Bréfritari: Aðalbjartur Bjarnason (Albert Arnason)
Dagsetning: A-1905-06-04
Skrifað á: Vesturheimi

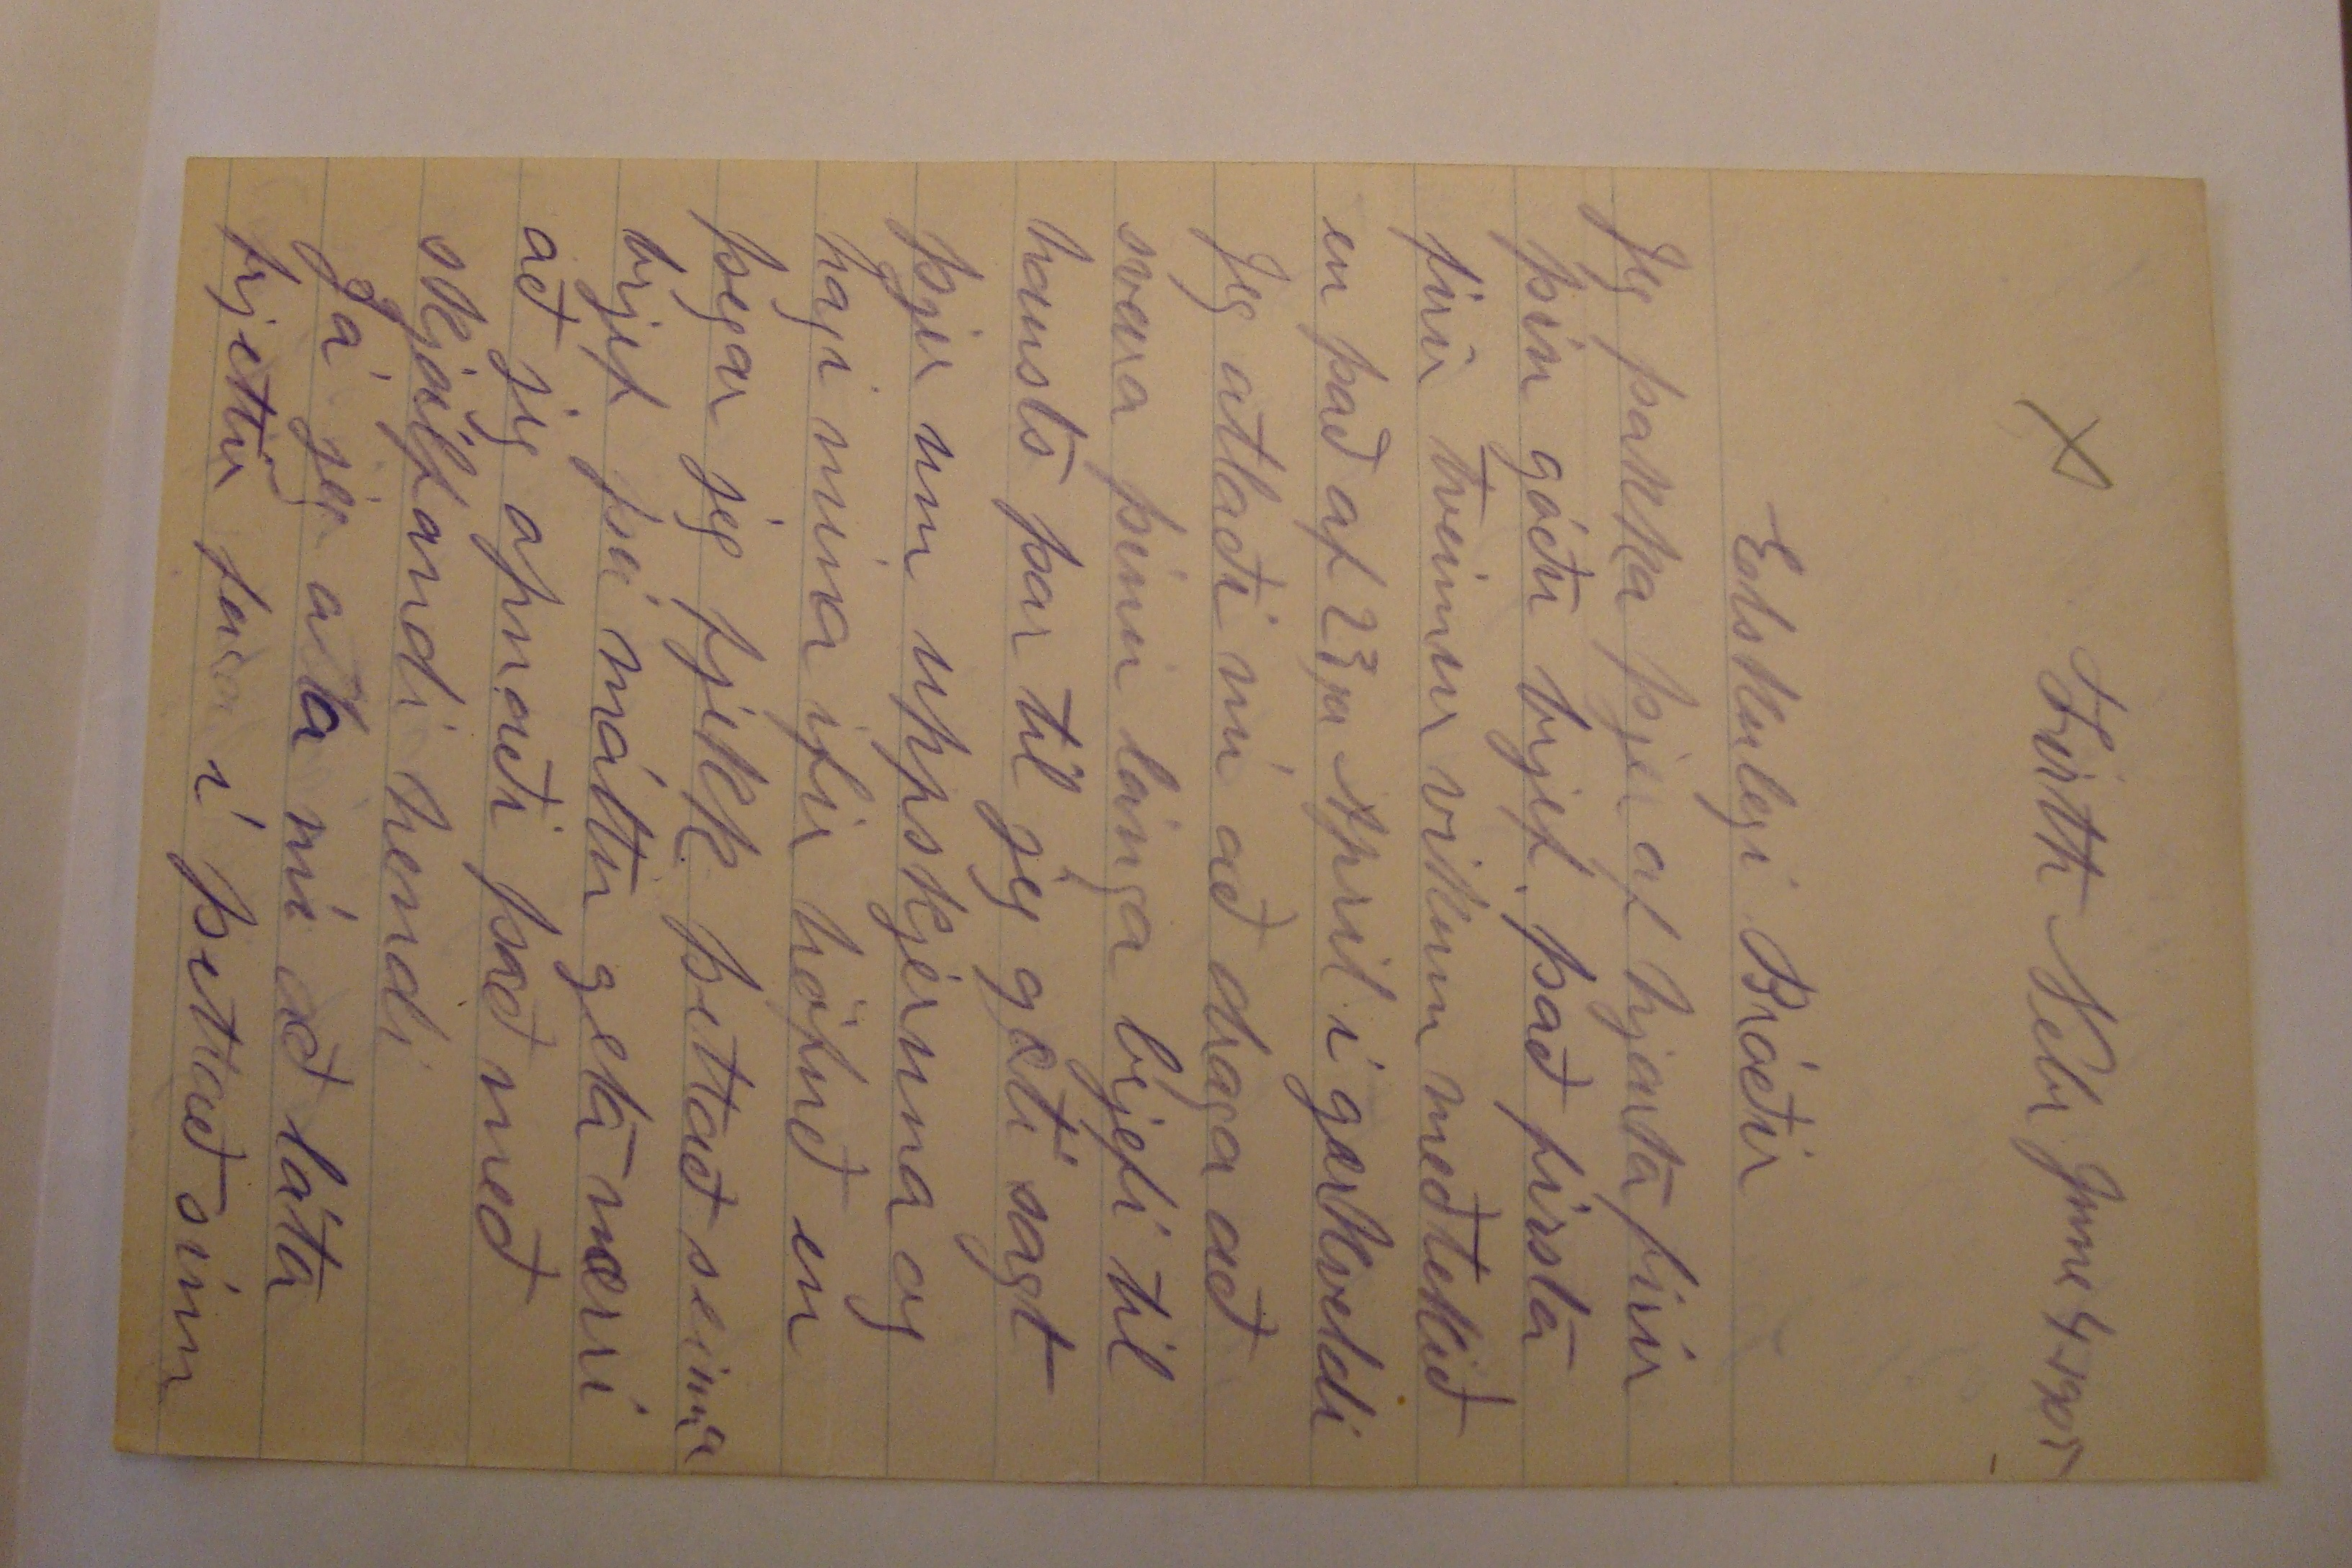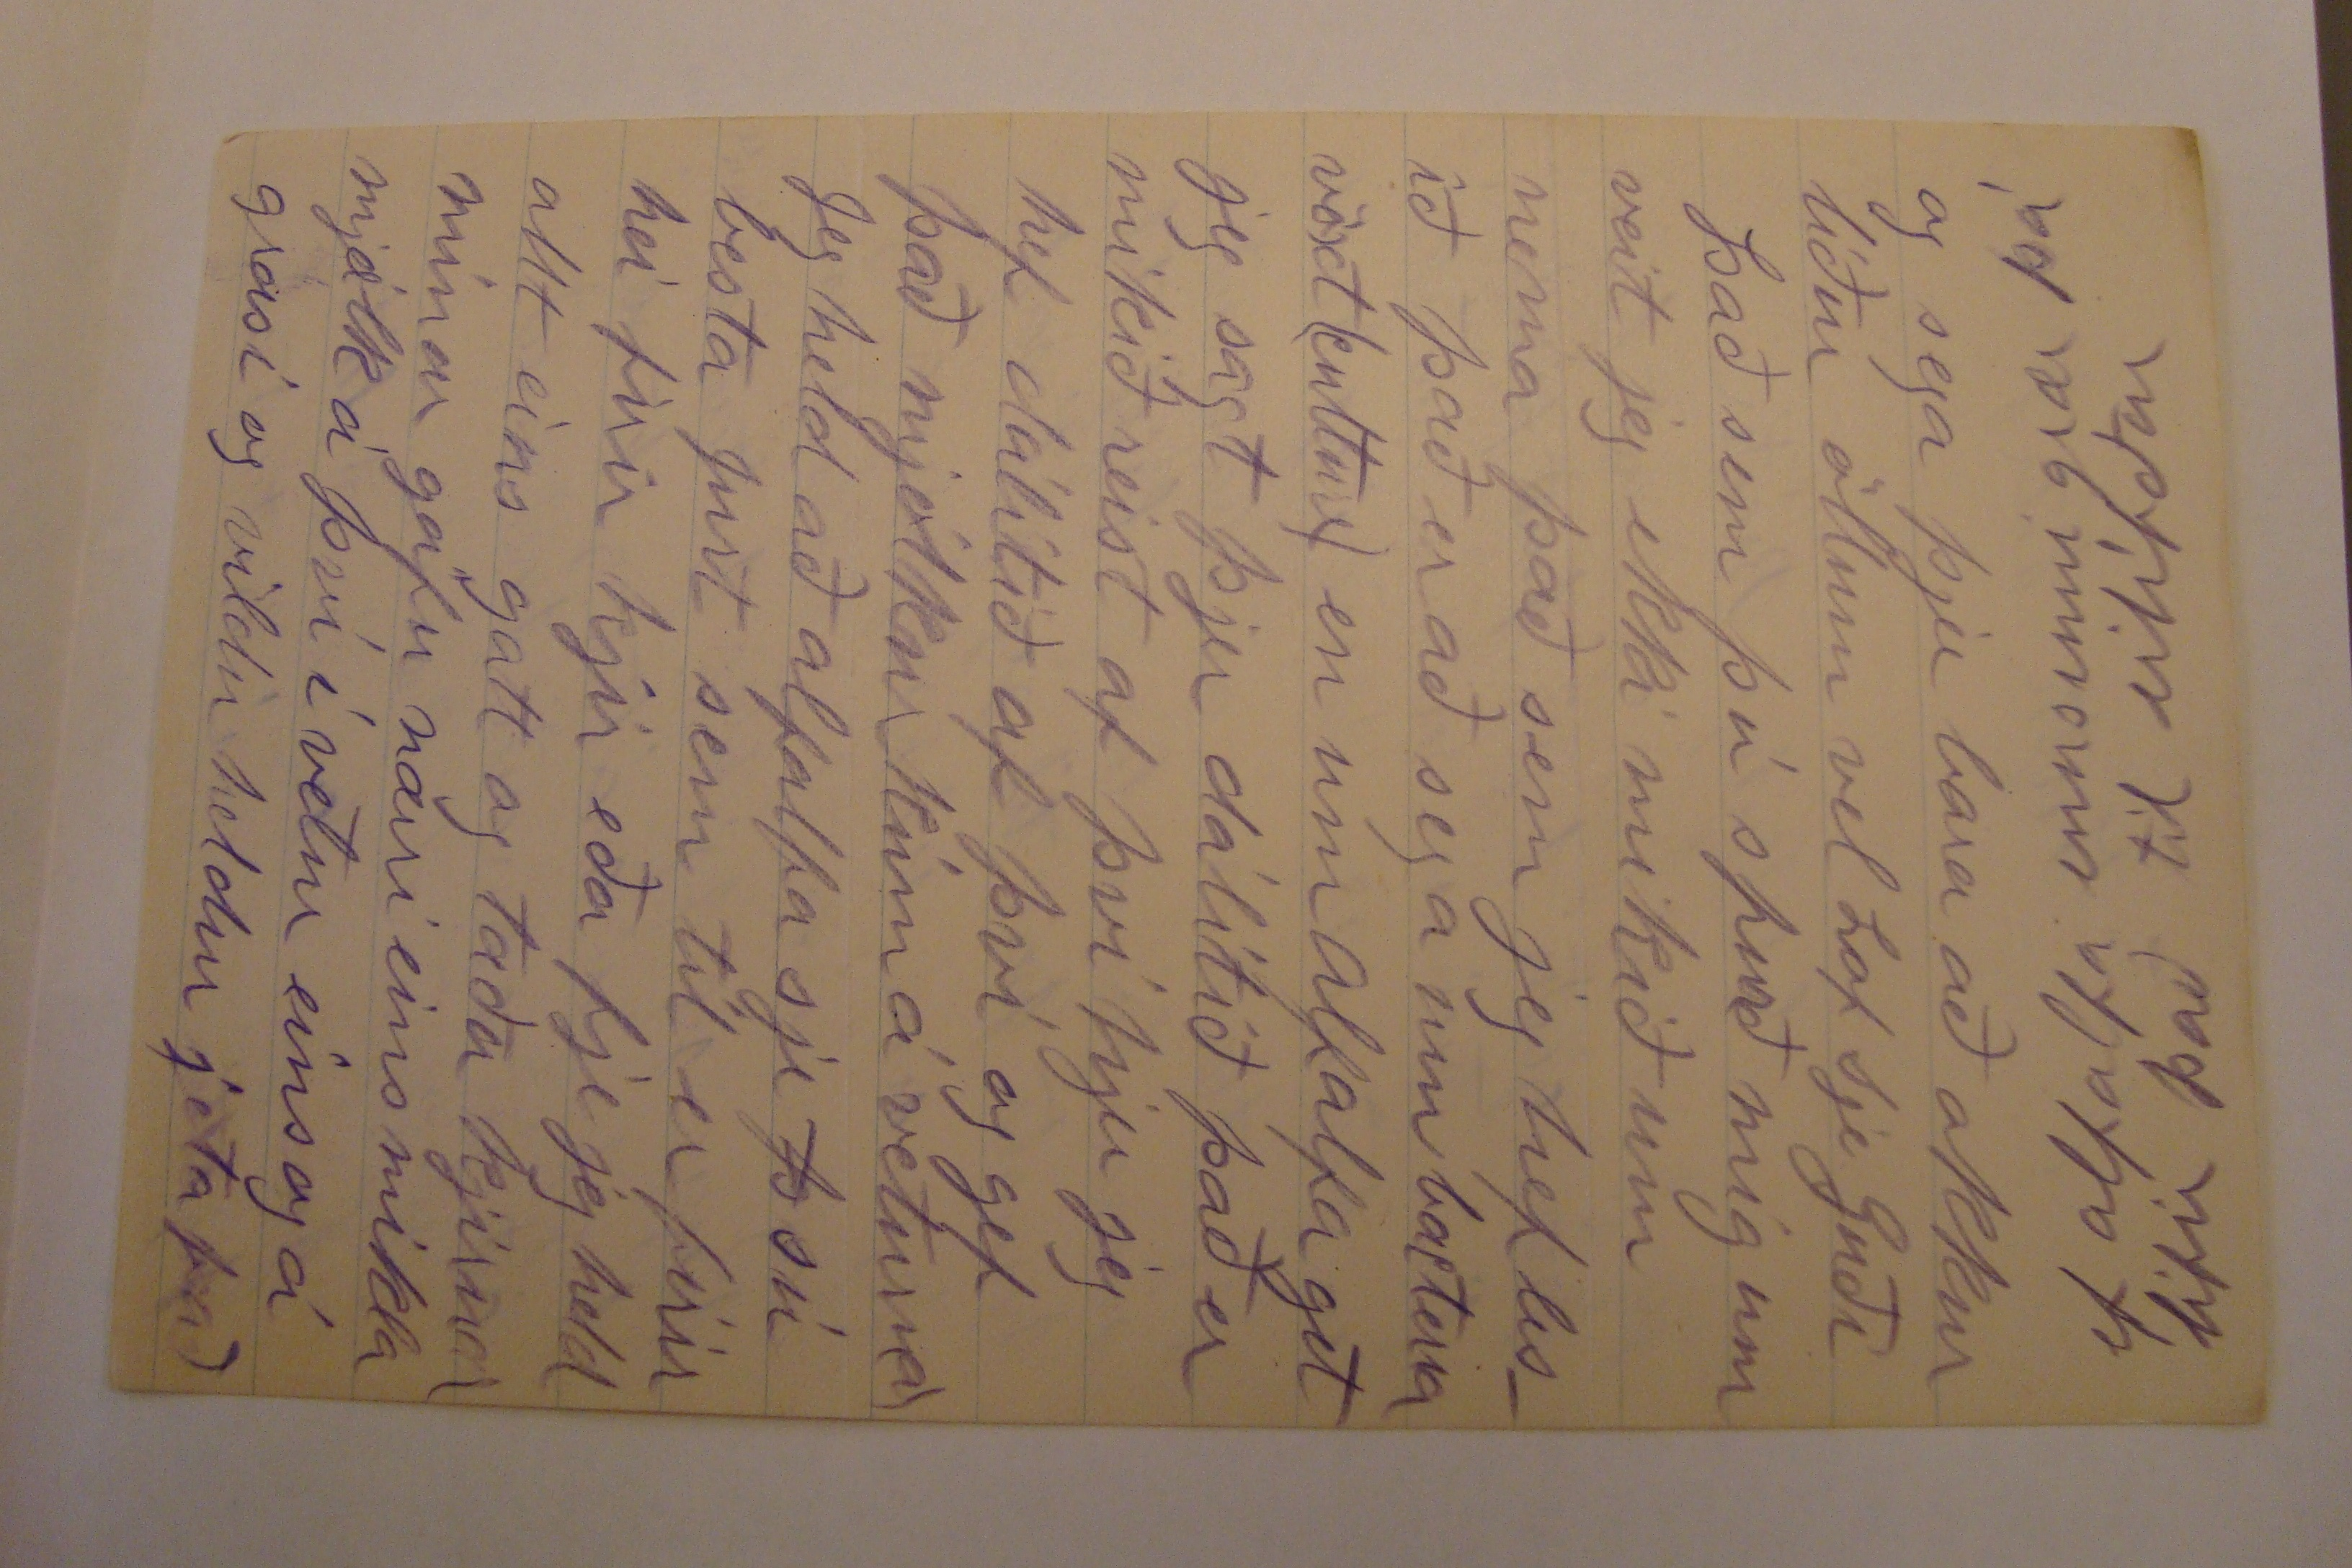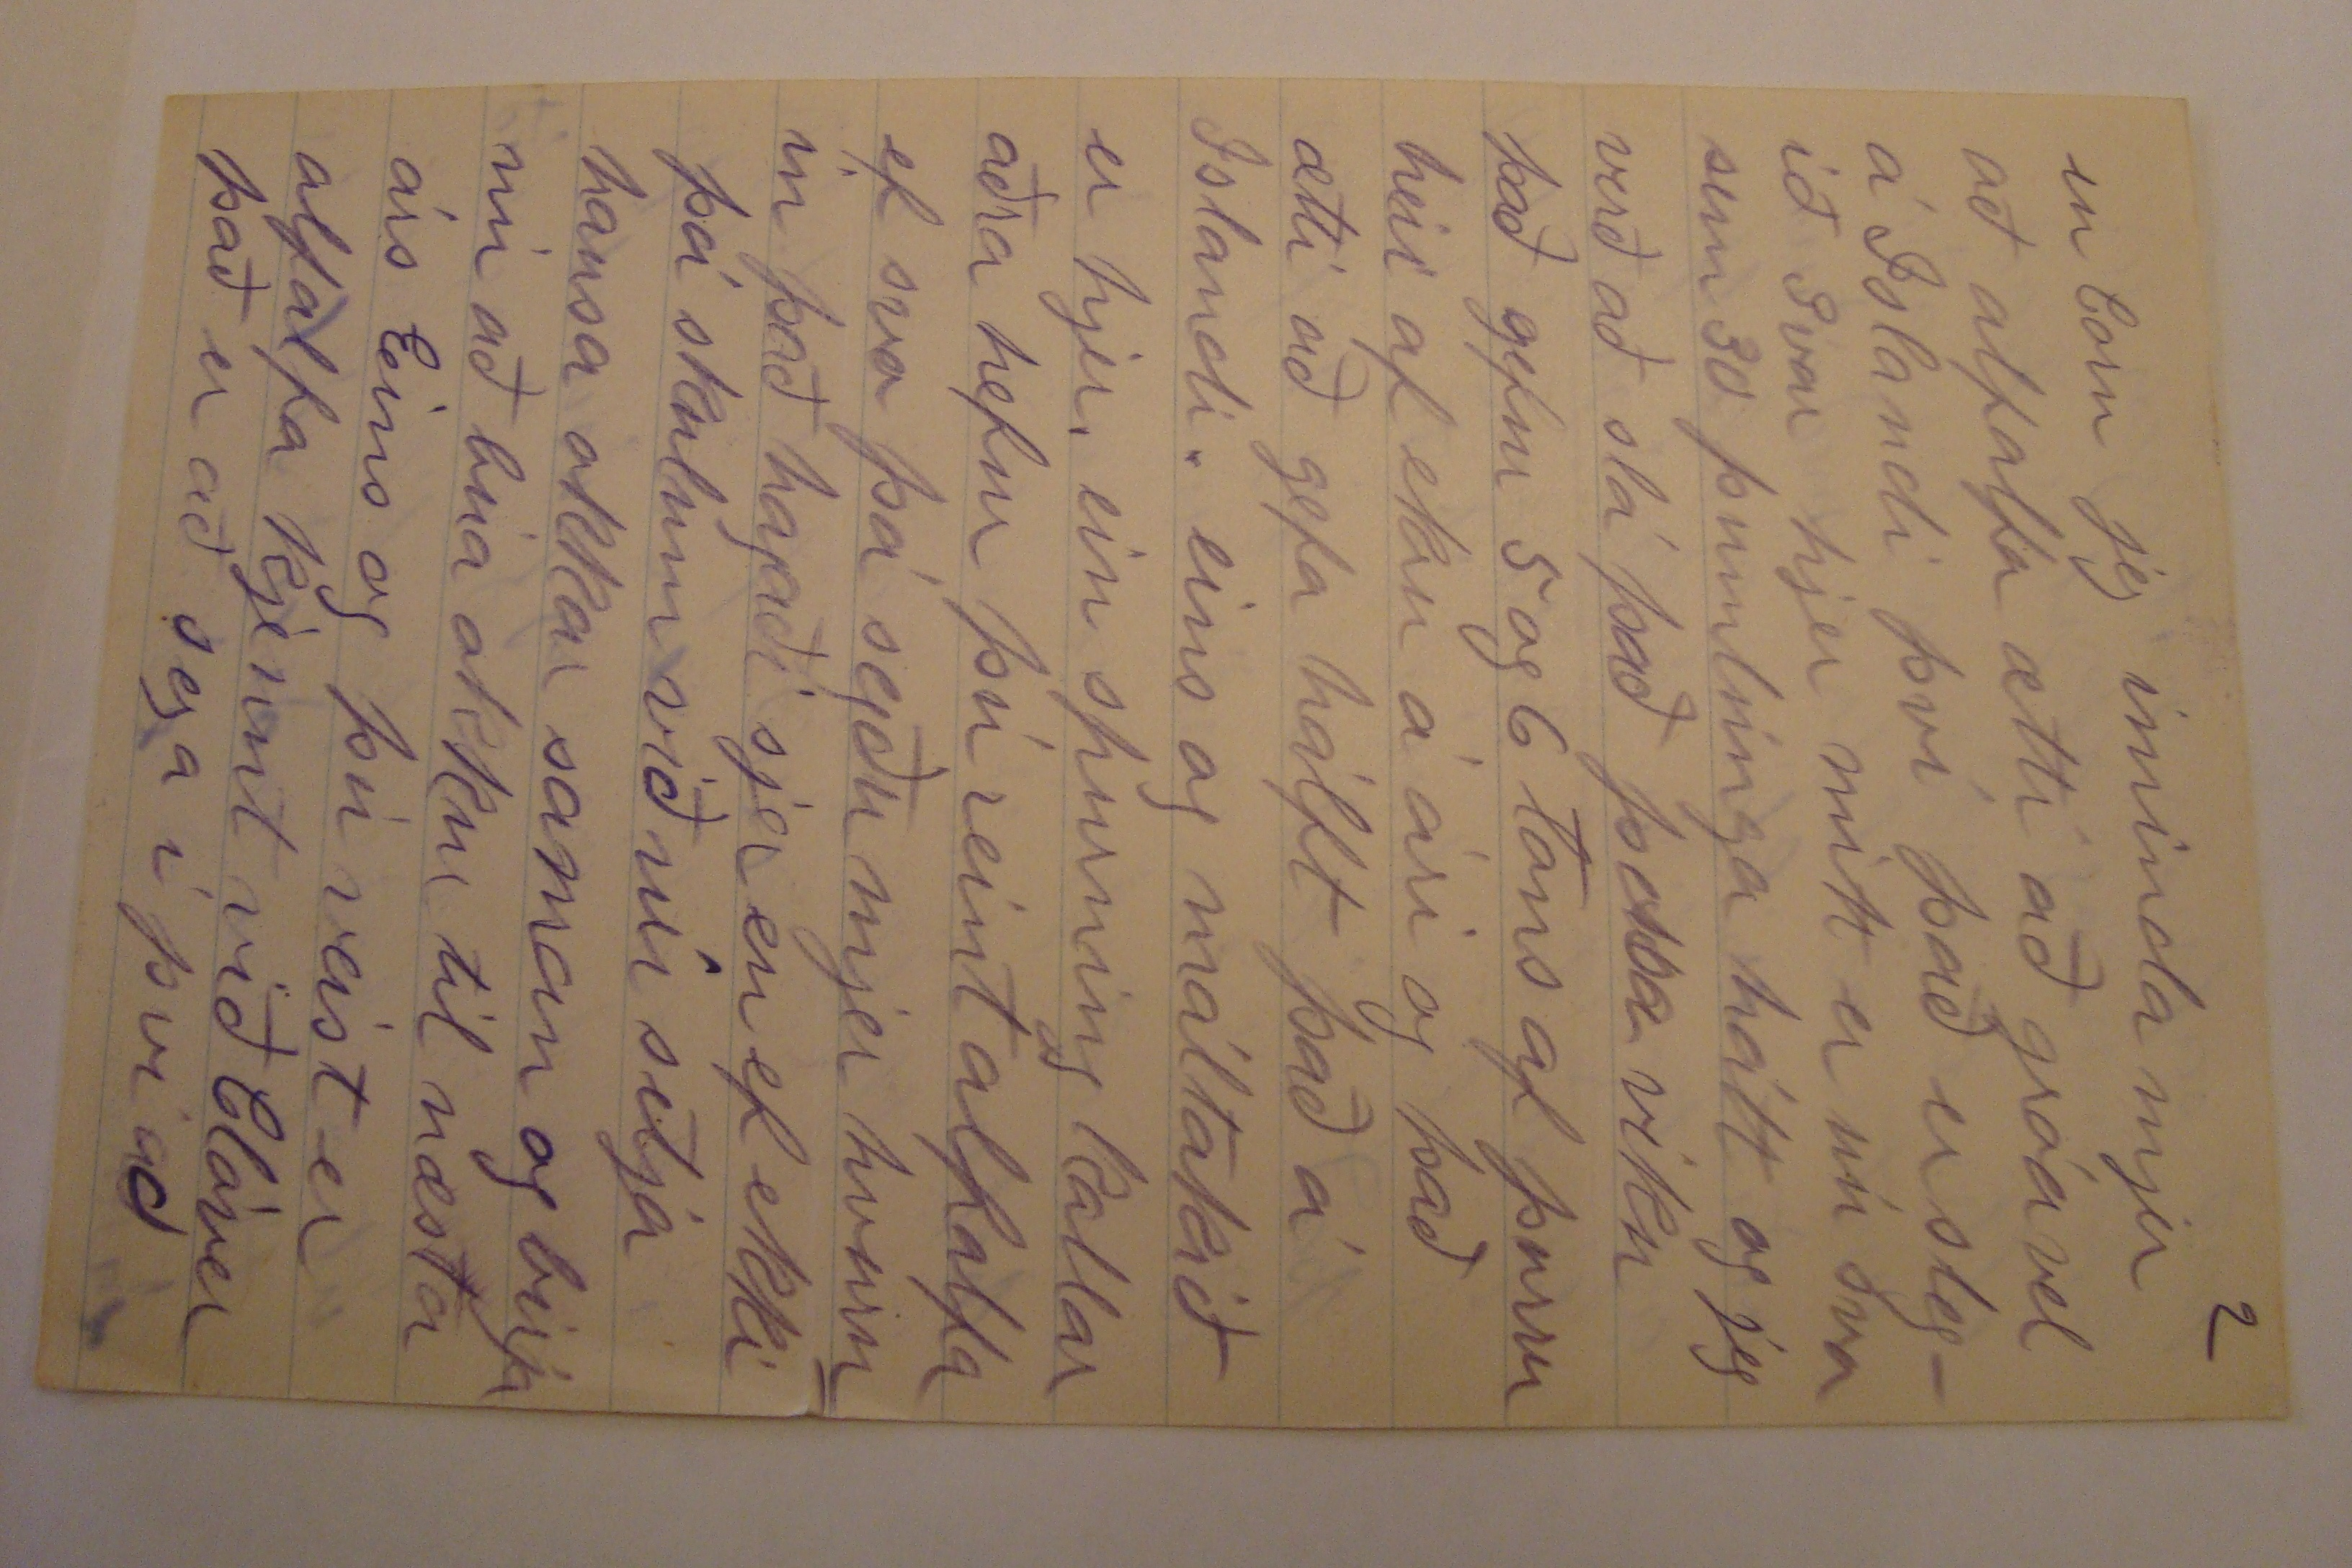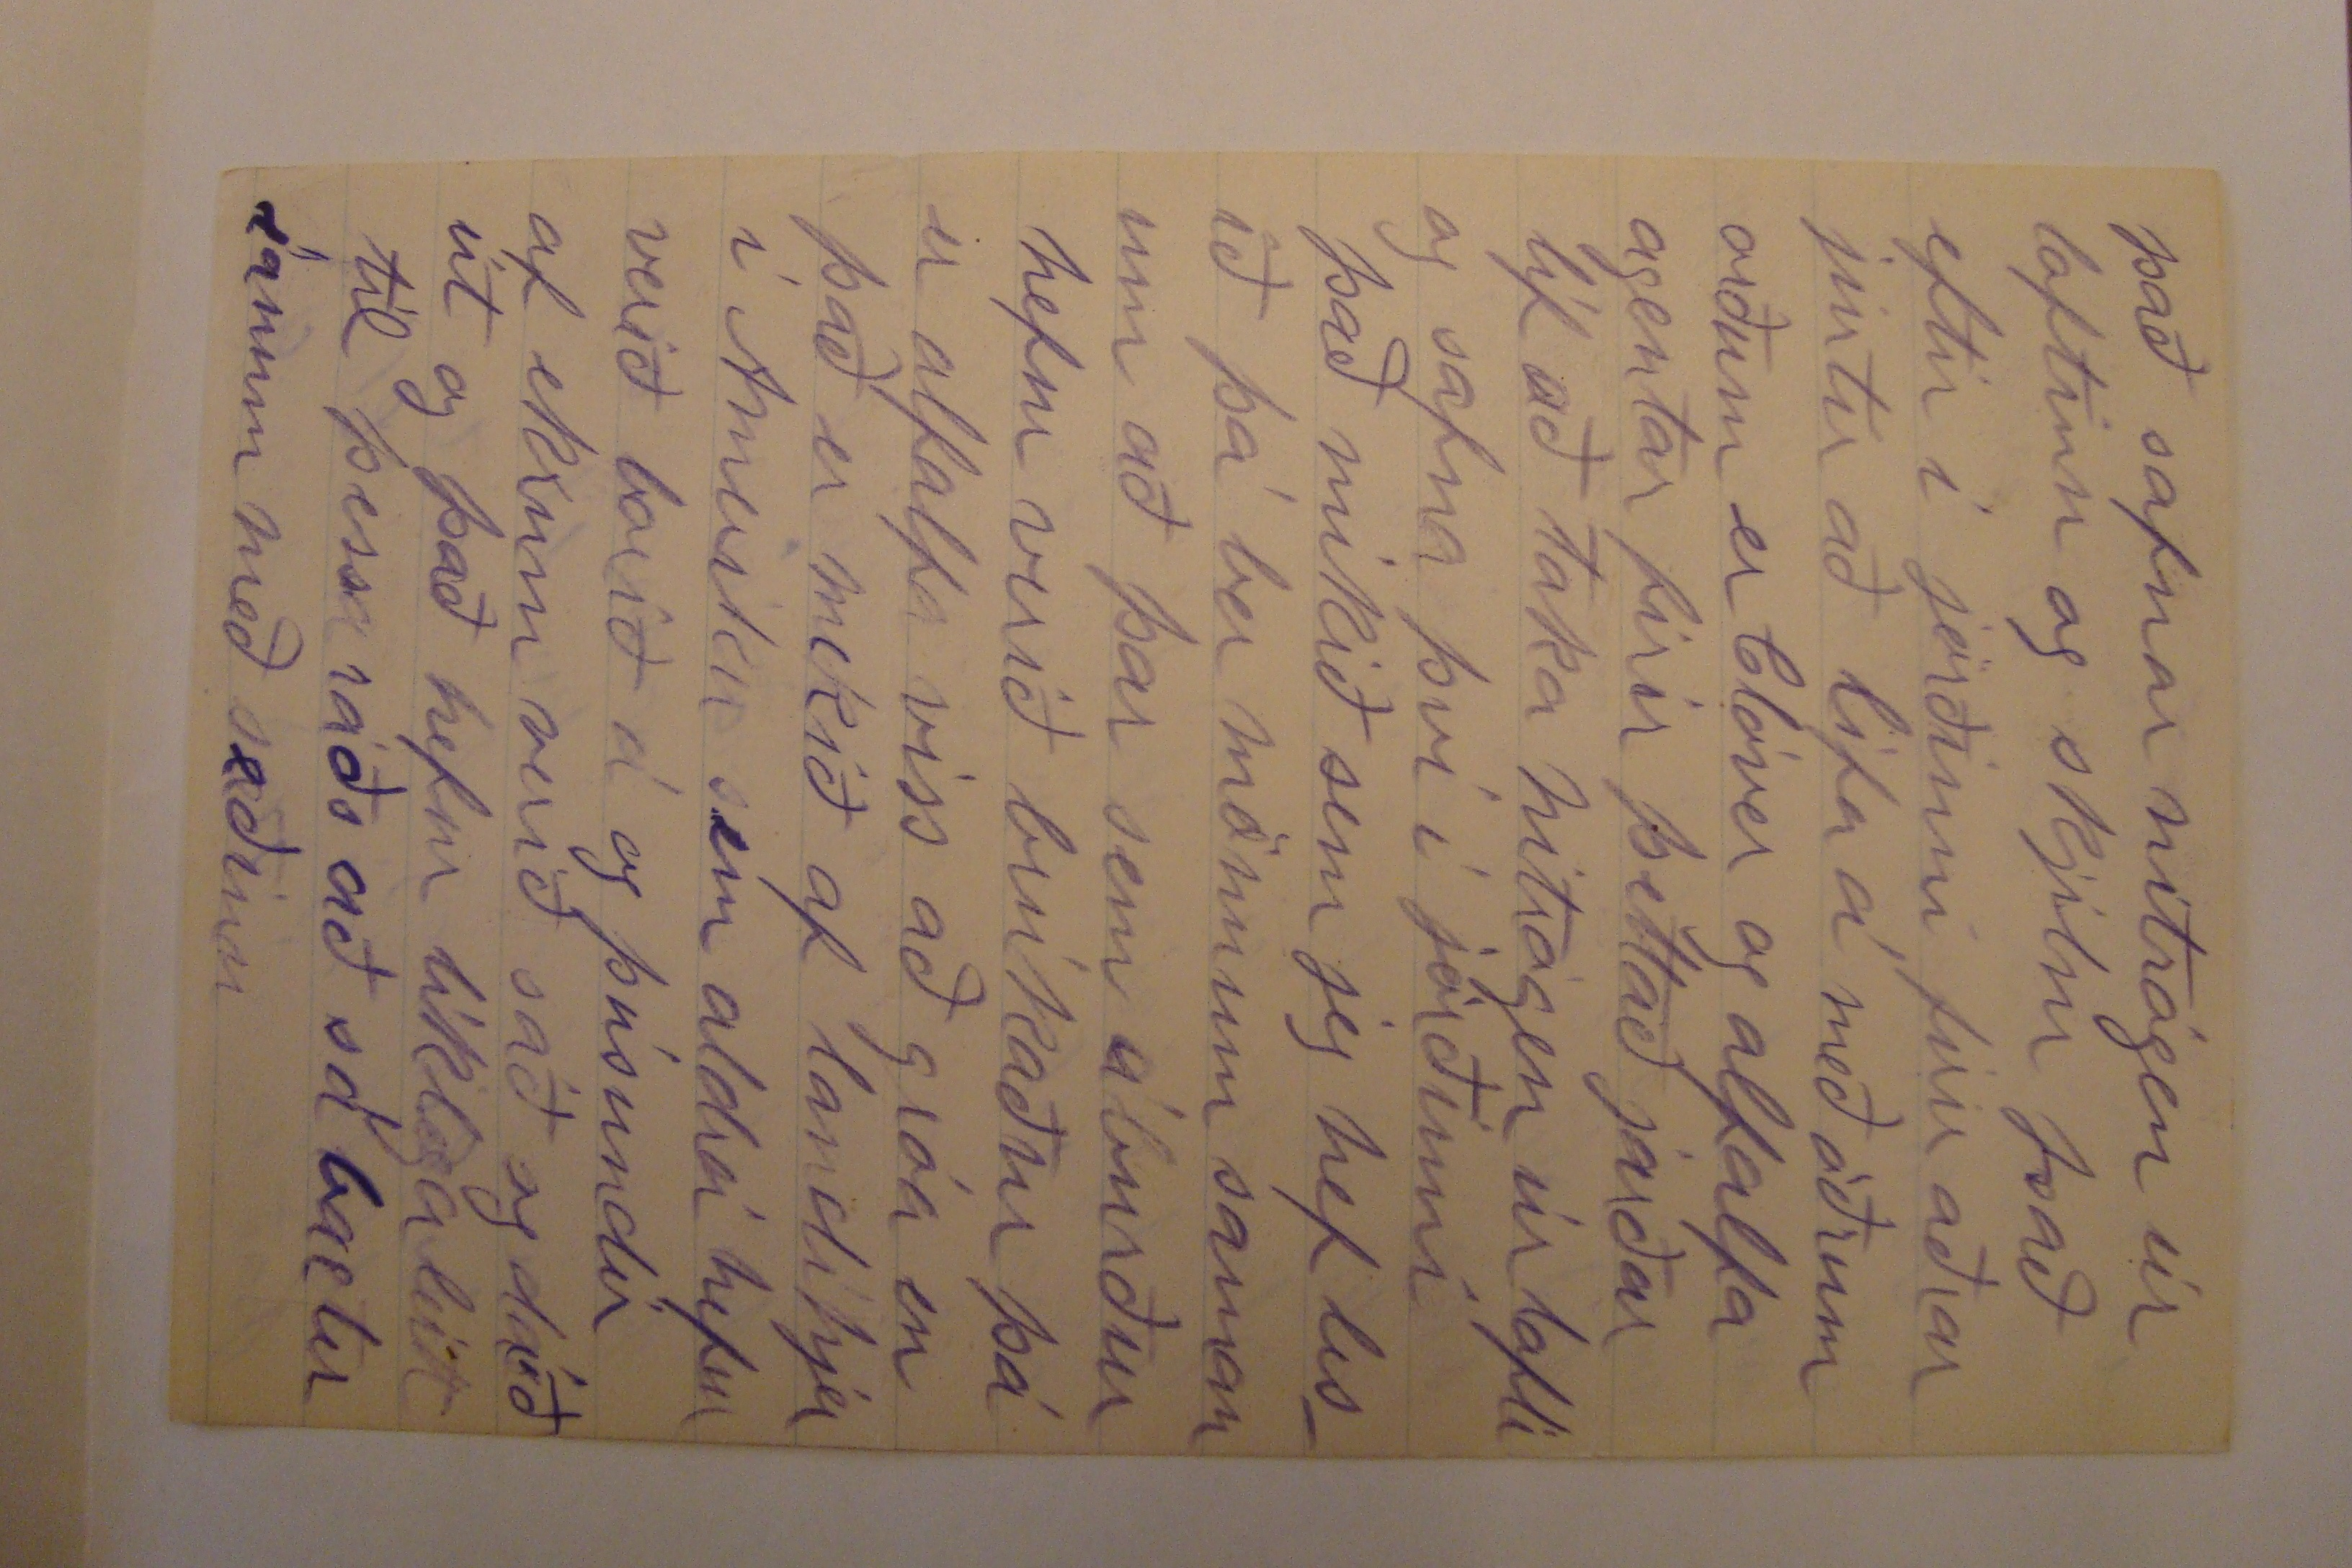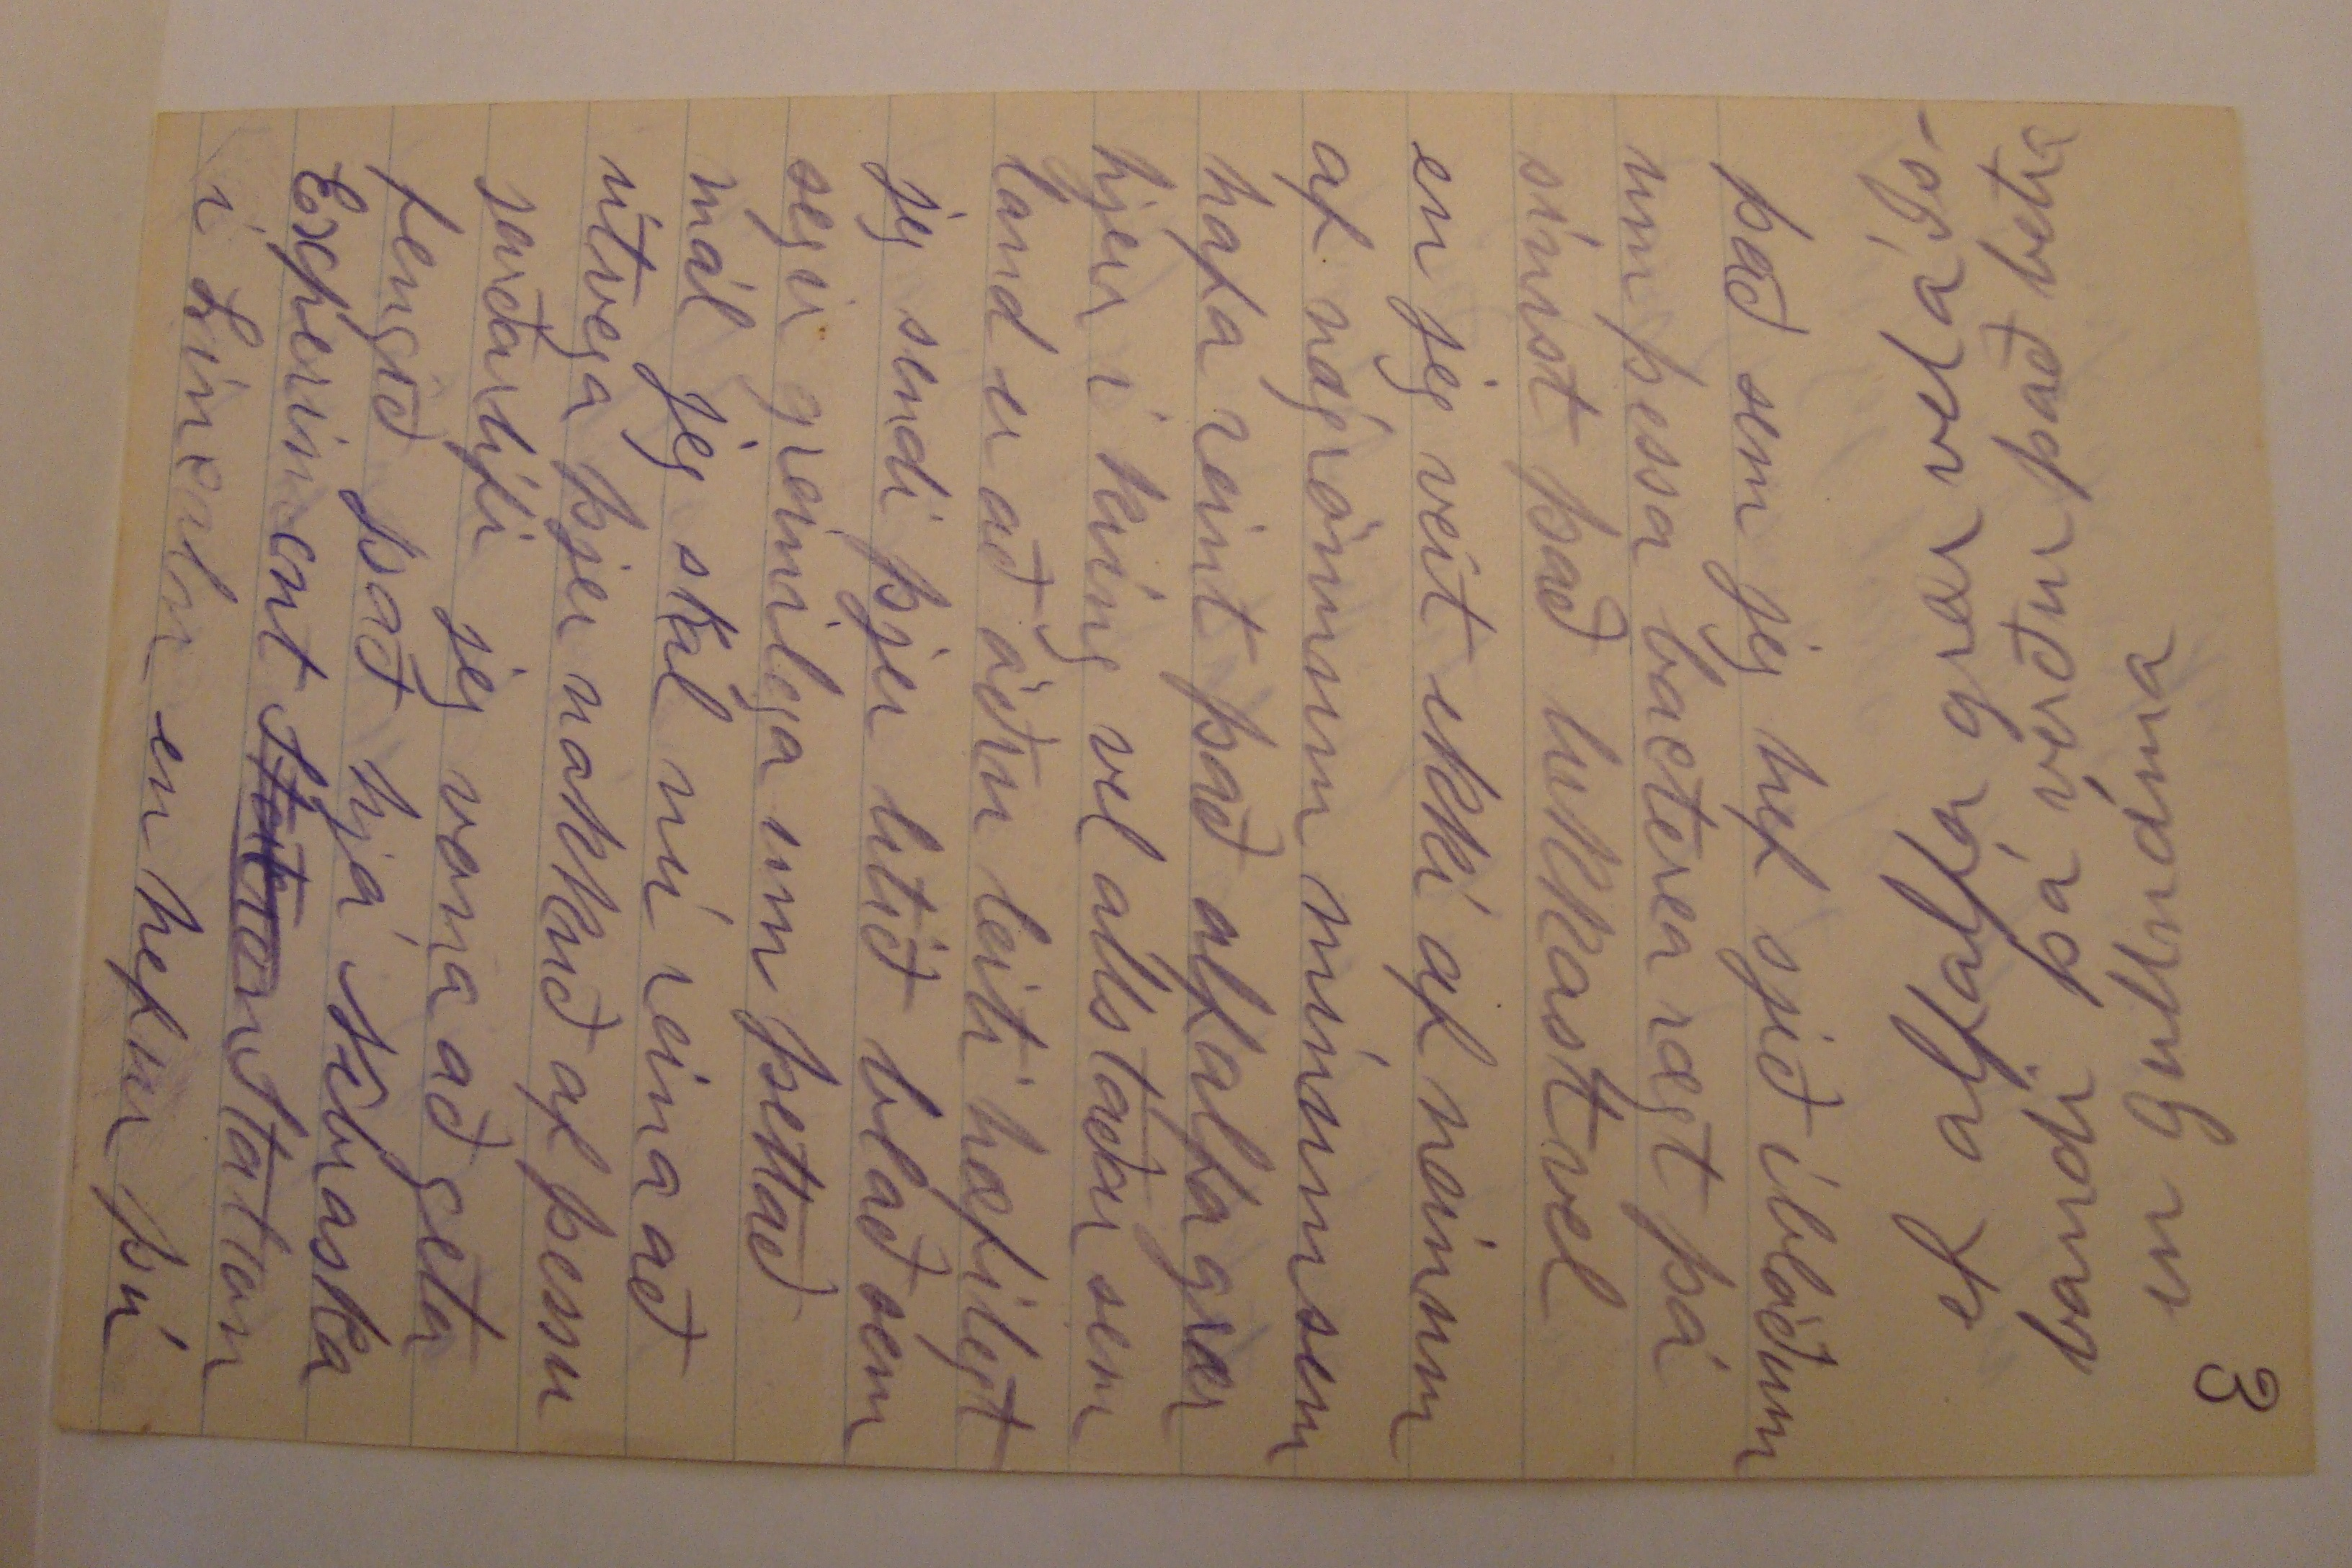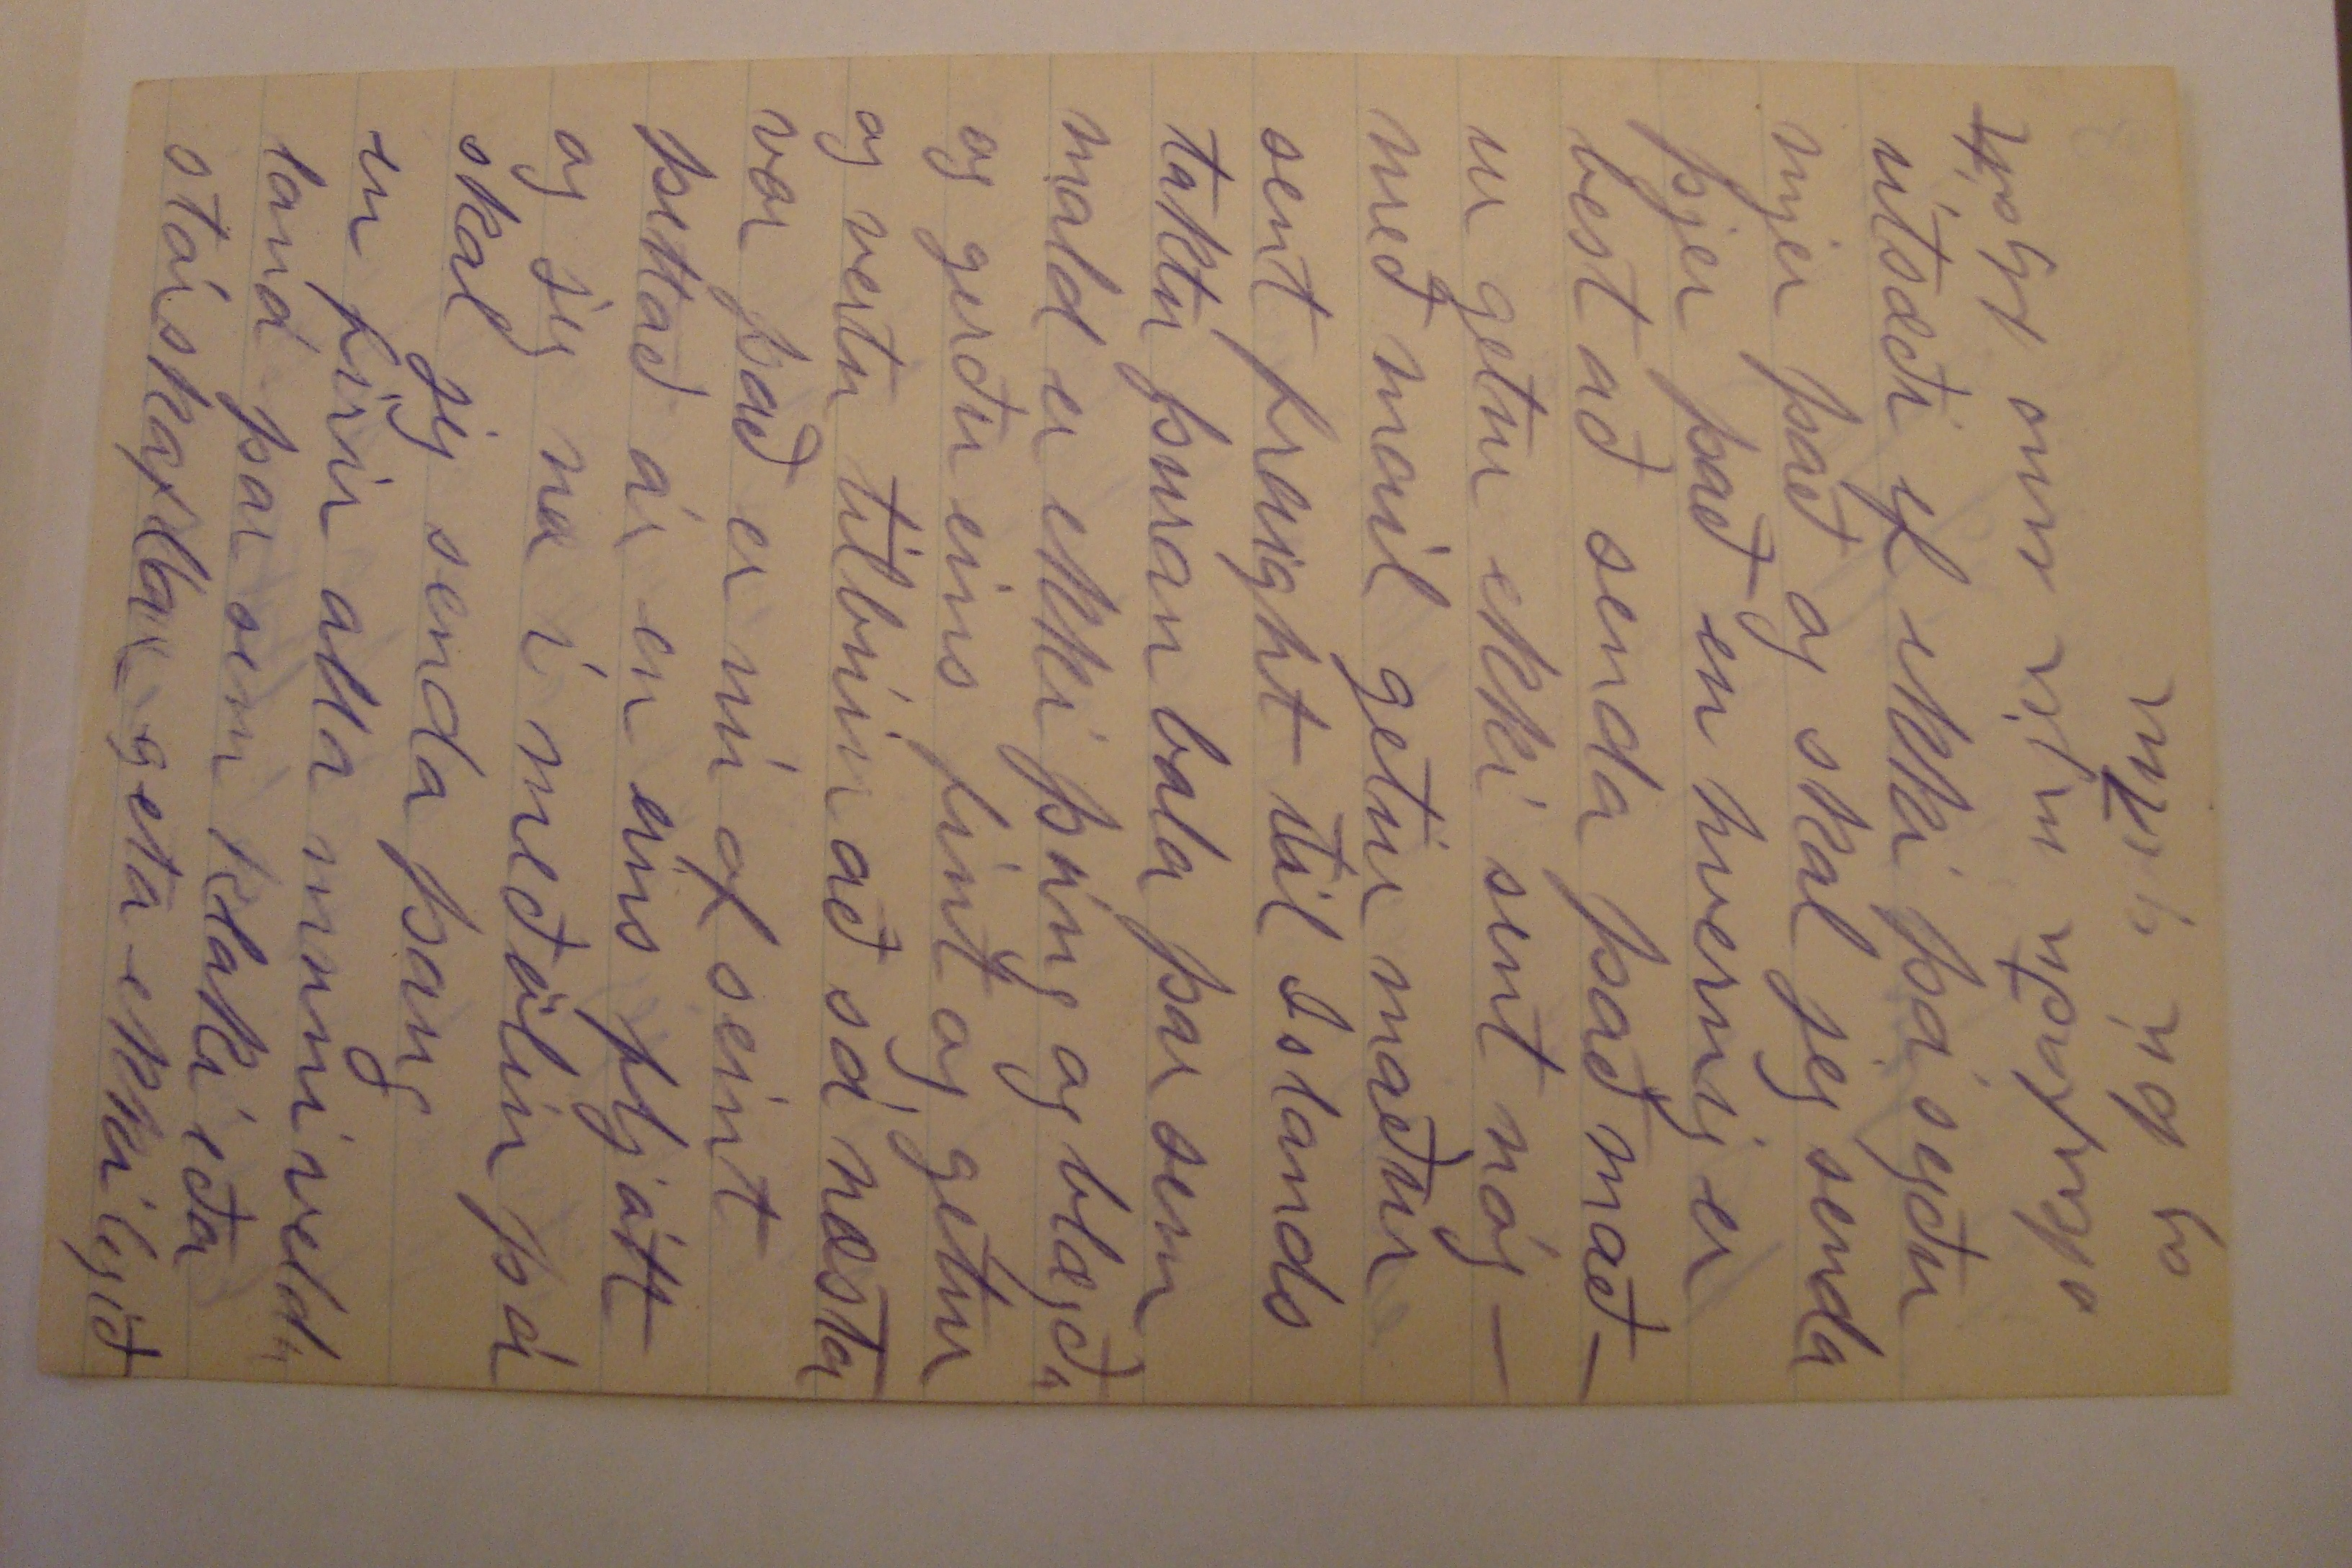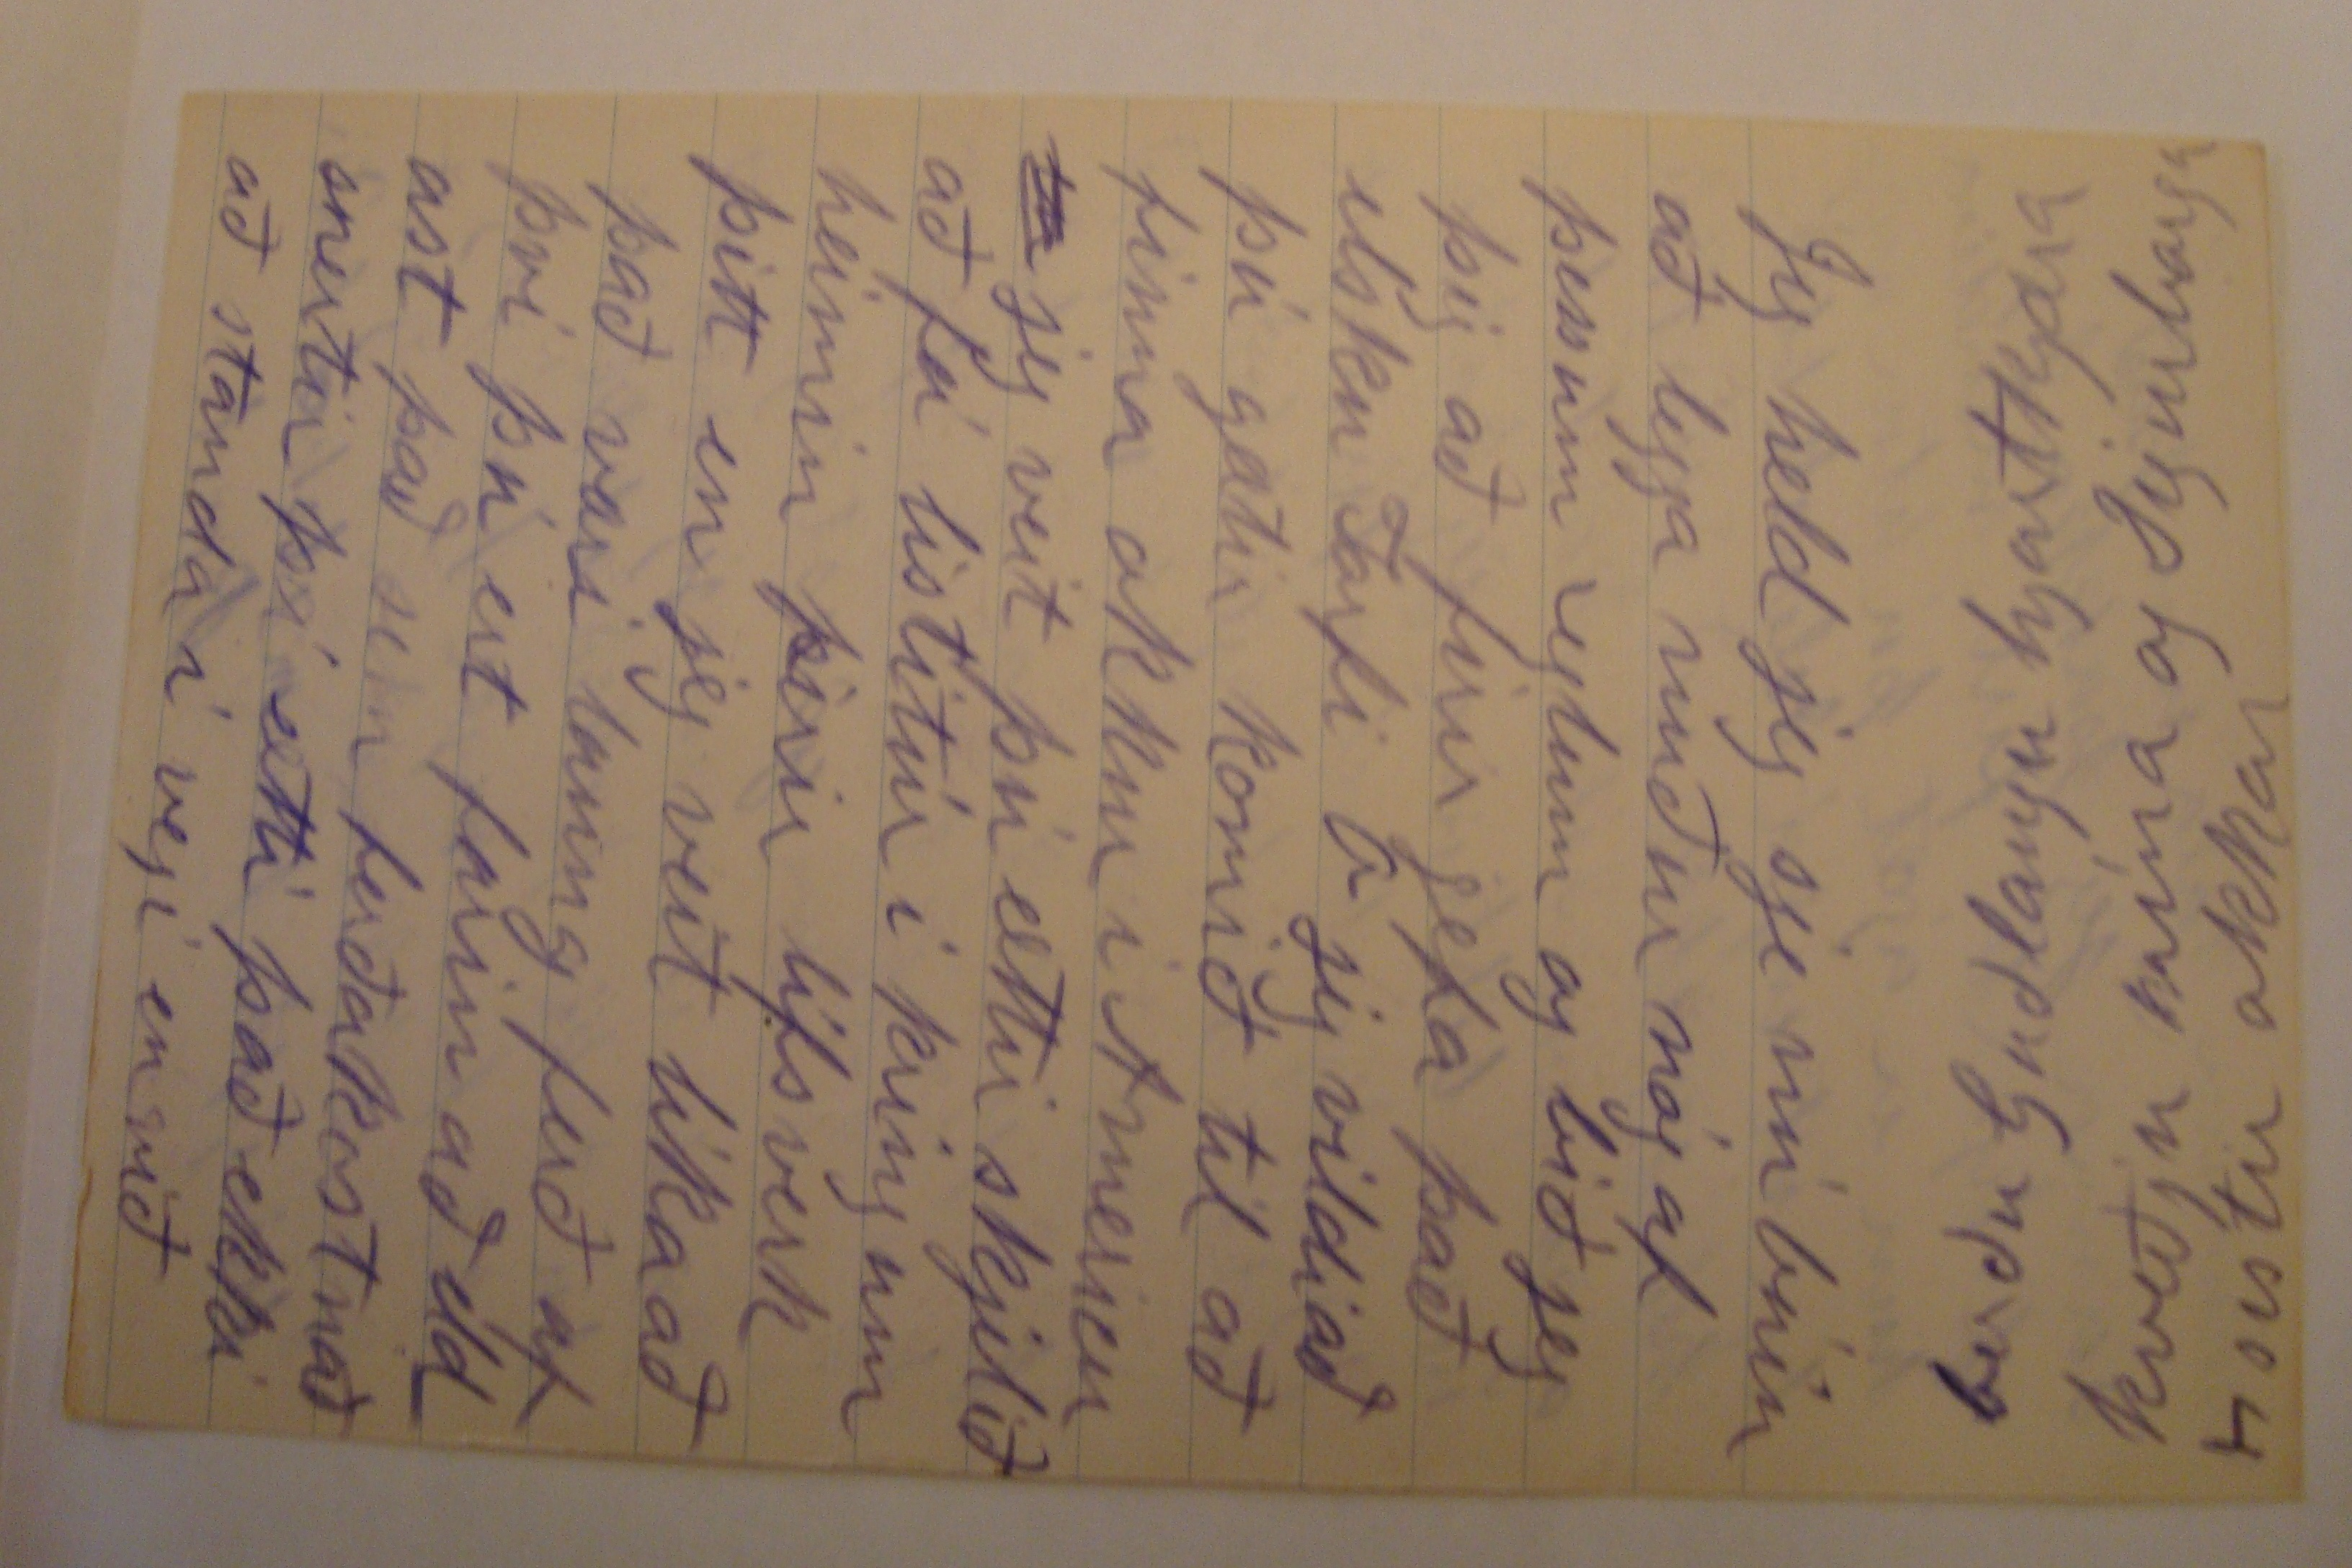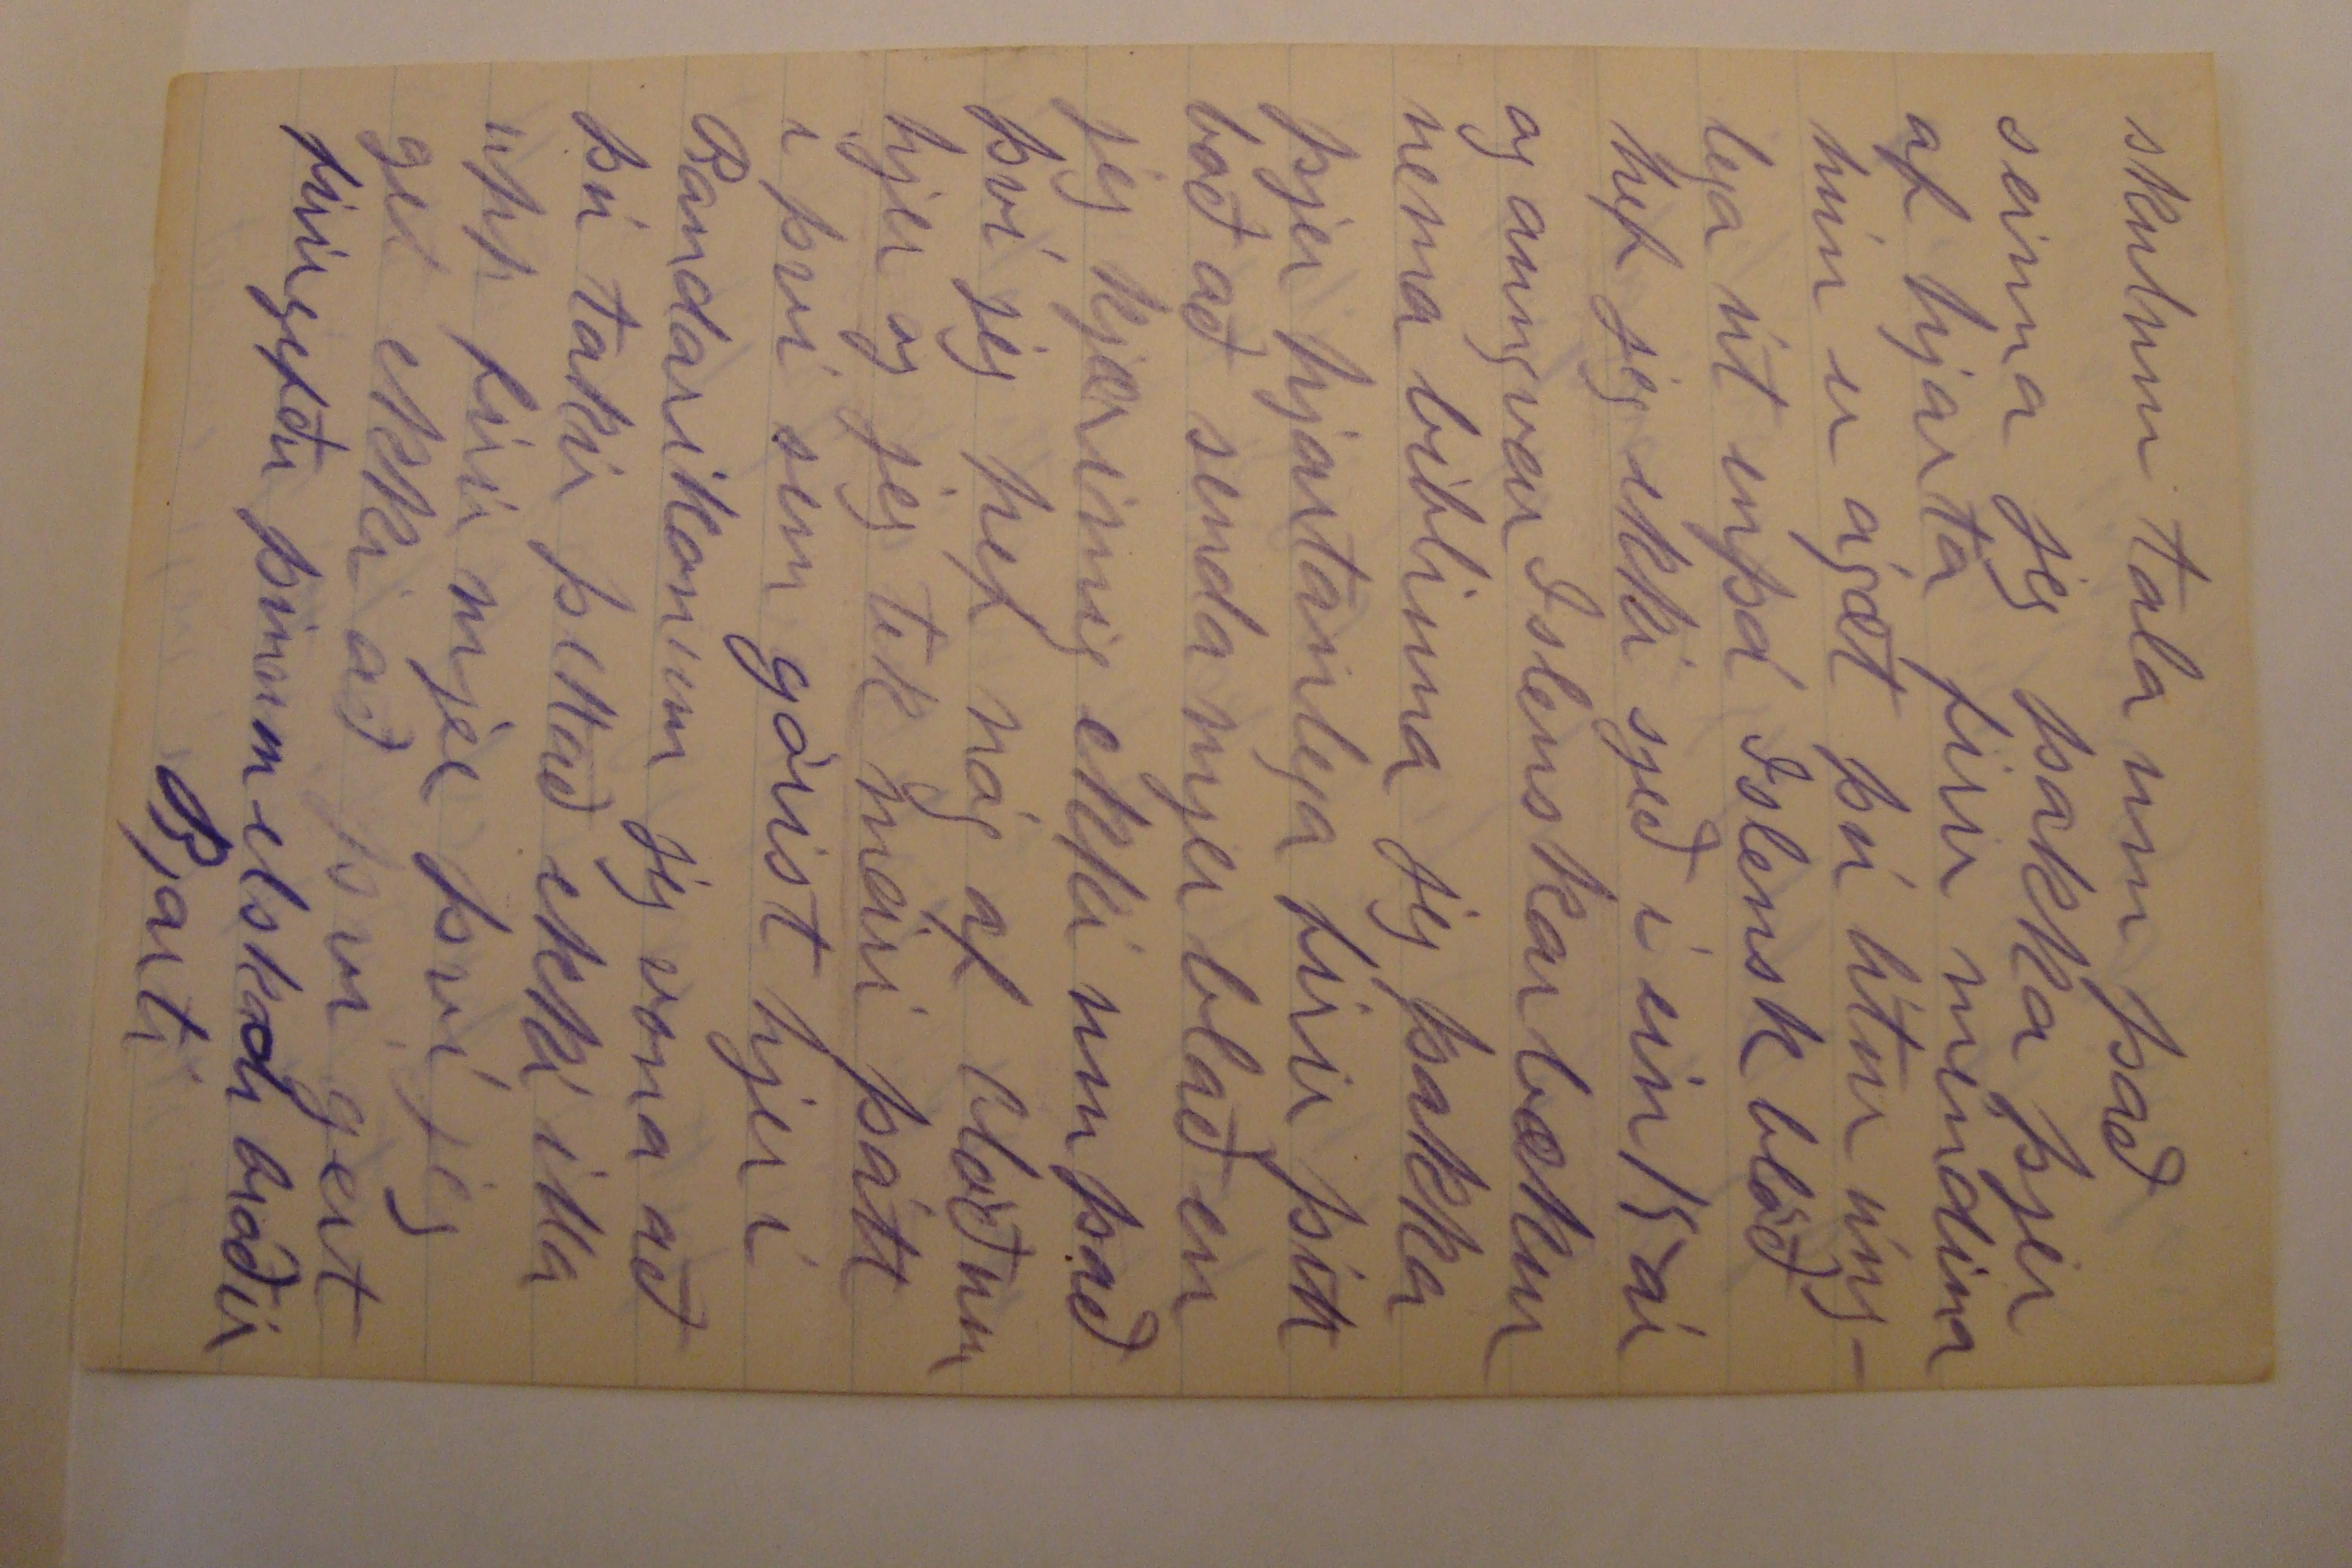

Firth Nebr June 4 1905
Elskulegi Bróðir
Jeg þakka þjer af hjarta firir þín góðu brjef það firsta firir tveimur vikum meðtekið en það af 23ja April í gærkveldi Jeg atlaði nú að draga að svara þínu langa brjefi til hausts þar til jeg gæti sagt þjer um uppskjeruna og hagi mína ifir höfuð en þegar jeg fjekk þettað seinna brjef þá mátti geta nærri að jeg opnaði það með skjálfandi hendi
Já jeg atla nú að láta frjettir fara í þettað sinn
og sega þjer bara að okkur líður öllum vel Lof sje Guðii það sem þú spirð mig um veit jeg ekki mikið um nema það sem jeg hef lesið það er að sega um
bacteria
vöxt (
culture
en um alfalfa get jeg sagt þjer dálítið það er mikið reist af því hjer jeg hef dálítið af því og gef það mjólkurkúm á veturna Jeg held að alfalfa sje
þ
sú besta jurt sem til er firir hei firir kjír eða fje jeg held allt eins gott og taða kjúrnar mínar gáfu nærri eins mikla mjólk á því í vetur eins og á grasi og vildu heldur jeta það
ef alfalfa enusinni grær þá lifir það til eilífðar
en corn jeg íminda mjer að alfalfa ætti að gróa vel á Islandi því það er slegið 3var hjer mitt er nú svo sem 30 þumlúnga hátt og jeg verð að slá það þessa viku það gefur 5 og 6 tons af þurru heii af ekru á ári og það ætti að gefa hálft það á Islandi eins og máltakið er hjer ein spurning kallar aðra hefur þú reint alfalfa ef svo þá segðu mjer hvurnin það hagaði sjer en ef ekki þá skulum við nú sitja hausa okkar saman og birja nú að búa okkur til næsta árs Eins og þú veist er alfalfa kjennt við Clóver það er að sega í því að
það safnar nítrógen úr loftinu og skjilur það eftir í jörðinni firir aðrar jurtir að lifa á með öðrum orðum er Clóver og alfalfa agentar firir þettað jarðar líf að taka nítrógen úr lofti og safna því í jörðinni það mikið sem jeg hef lesið þá ber mönnum saman um að þar sem áburður hefur verið brúkaður þá er alfalfa viss að gróa en það er mikið af landi hjer í Ameríku sem aldrei hefur verið borið á og þúsundir af ekrum verið sáð og dáið út og það hefur líklega leitt til þess ráðs að sá
bacterionum
með sæðinu
ef alfalfa grær vel á Islandi þá verður það betra en gullnáma
Skrifaðu mjer eins fljótt og þú getur
berðu Guðlaugu hjartkjæra kveðju mína og Sigurborgu sistir okkar
skulum tala um það seinna jeg þakka þjer af hjarta firir mindina hún er ágæt þú lítur únglega út enþá Islensk blöð hef jeg ekki sjeð í ein 15 ár og aungvar Islenskar bækur nema biblíuna jeg þakka þjer hjartanlega firir þitt boð að senda mjer blað en jeg kjæri mig ekki um það því jeg hef nóg að blöðum hjer og jeg tek meiri þátt í því sem görist hjer í Bandaríkonum jeg vona að þú takir þettað ekki illa upp firir mjer því jeg get ekki að því gert firirgefðu þínum elskadi bróðir
Bjarti